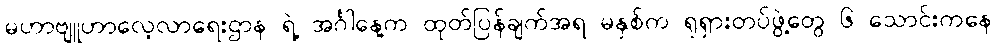
မဟာဗျူဟာလေ့လာရေးဌာန ရဲ့ အင်္ဂါနေ့က ထုတ်ပြန်ချက်အရ မနှစ်က ရုရှားတပ်ဖွဲ့တွေ ၆ သောင်းကနေ